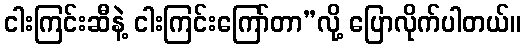
ငါးကြင်းဆီနဲ့ ငါးကြင်းကြော်တာ”လို့ ပြောလိုက်ပါတယ်။